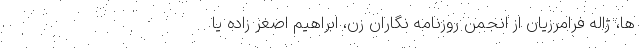
ها، ژاله فرامرزیان از انجمن روزنامه نگاران زن، ابراهیم اصغر زاده یا